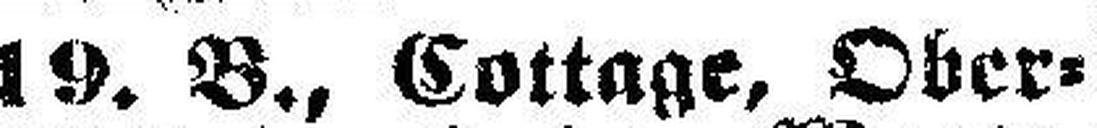
190 B., Cottage, Ober=